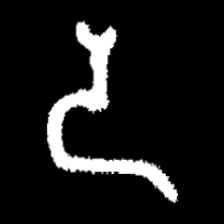
Pyu character \u2014 Myanmar letter: ဒ (romanized: da)